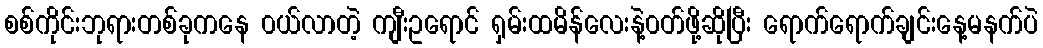
စစ်ကိုင်းဘုရားတစ်ခုကနေ ၀ယ်လာတဲ့ ကျီးဥရောင် ရှမ်းထမိန်လေးနဲ့၀တ်ဖို့ဆိုပြီး ရောက်ရောက်ချင်းနေ့မနက်ပဲ